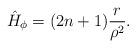
LaTeX: \begin{align*}\hat{H}_{\phi }=(2n+1)\frac{r}{\rho ^{2}}. \end{align*}